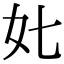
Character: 𡚨